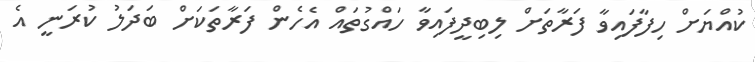
ކުއްޔަށް ހިފާފައިވާ ފަރާތަށް ލިބިދީފައިވާ ހައްގުތައް އެހެން ފަރާތަކަށް ބަދަލު ކުރަނީ އެ